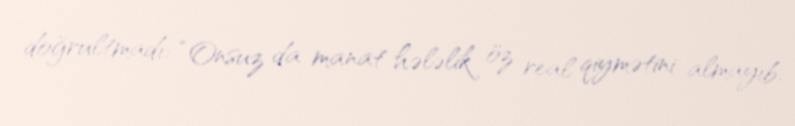
doğrultmadı: “Onsuz da manat hələlik öz real qiymətini almayıb.